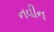
નવીન